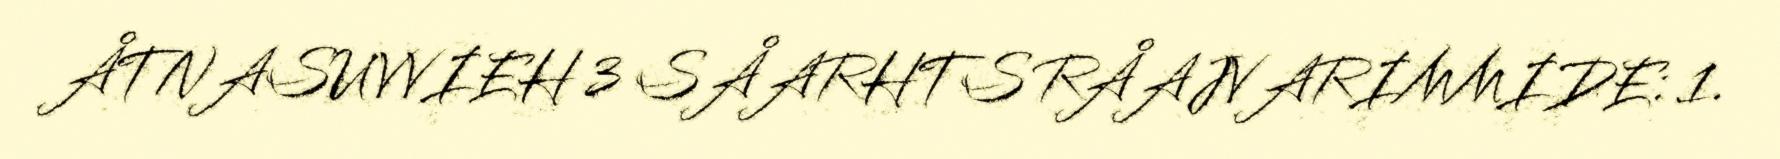
ÅTNASUVVIEH 3 SÅARHTS RÅAJVARIMMIDE: 1.